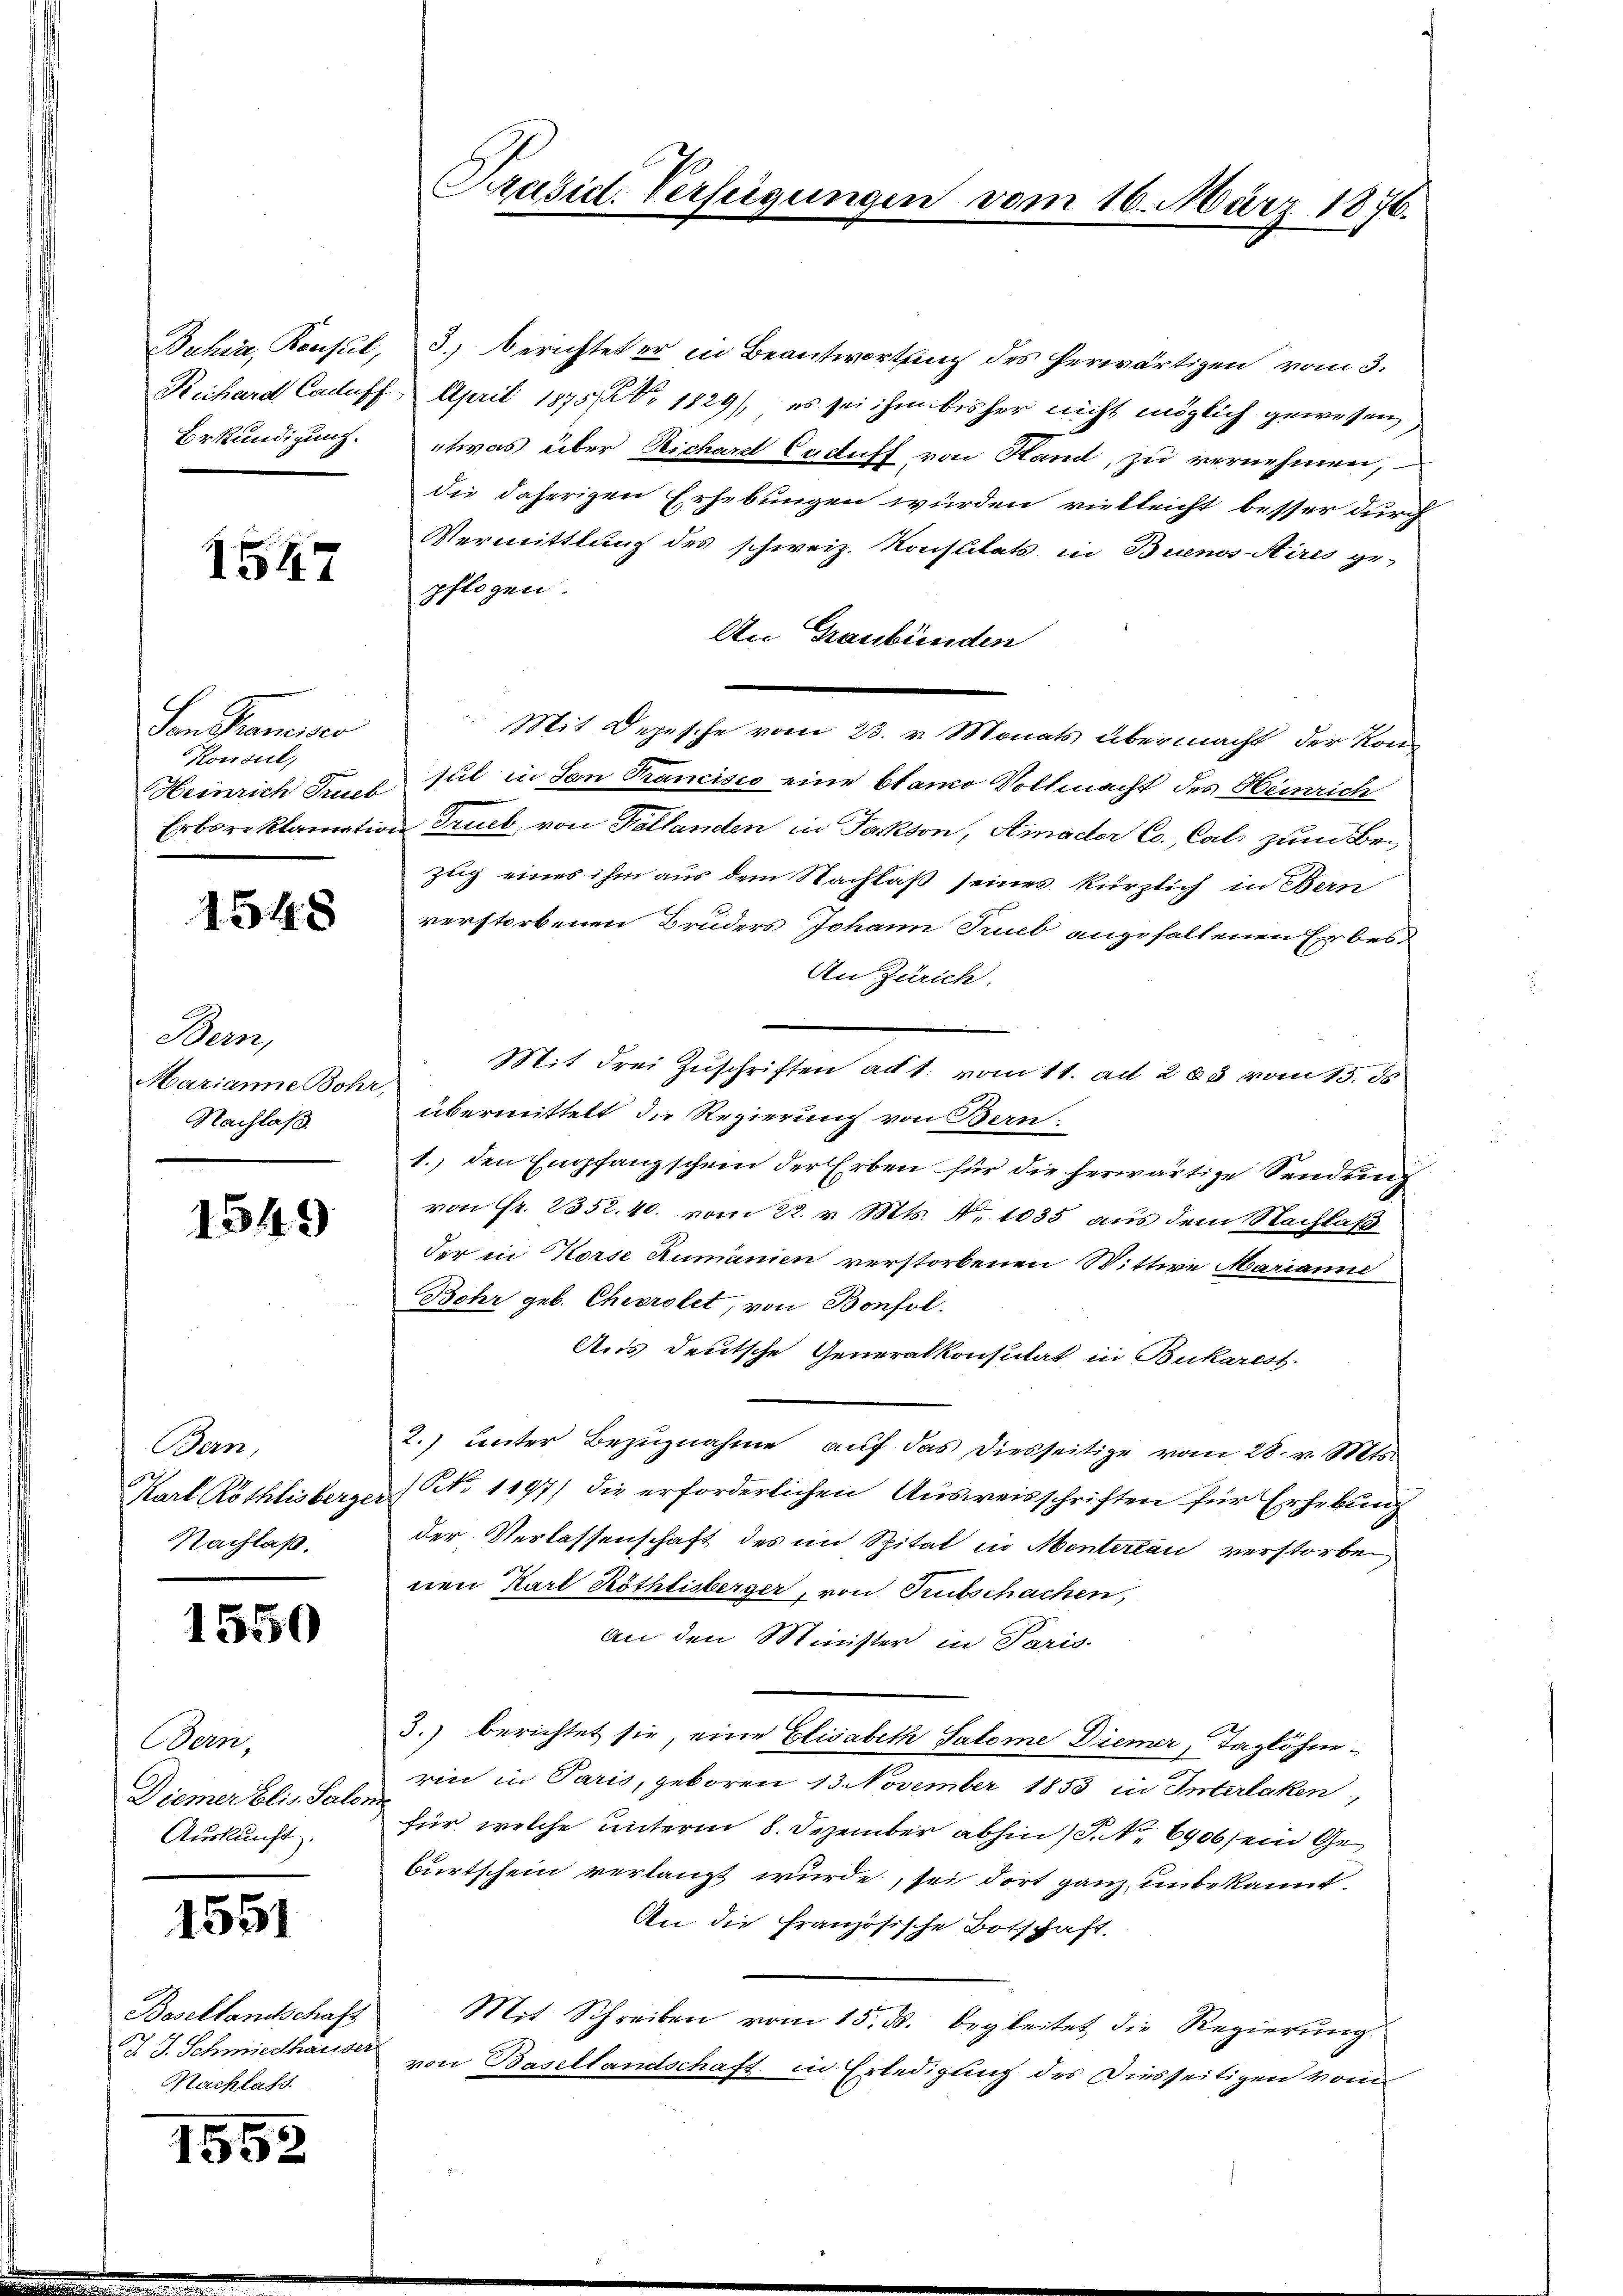
1547

Hrn. Francier
Konseil,

1548

Bern,
Marianne Bohr,
Nachlaß.

1549

Bern,
Nachlaß.

1550

Bern,
Diemer Elis. Salo
Auskunft.

1551

Basellandschaft
G. J. Schmiedhauser
Nachlass

1552

Buhia, Reust, 3. berichtet er in Beantwortung des herwärtigen vom 3.
Rechard Cadus April 1875, 1829), es sei ihm bisher nicht möglich gewesen,
Bekundigung. etwas über Richardt Caduff von Hand, zu vernehmen,
die daherigen Erhebungen würden vielleicht besser durch
Vermittlung des schweiz. Konsulats in Buenos-Sires ge-
pflogen.
An Graubünden
Mit Depesche vom 23. v. Monats übermacht der Kon¬
Heinrich Innt sul in San Francisco eine blanco Vollmacht des Heinrich
Erboreklamation Trieb, von Fellanden in Packson, Amader Co. Cal, zum Bezug eines ihm aus dem Nachlaß seines kürzlich in Bern
verstorbenen Bruders Johann Trieb angefallenen Erbes¬
An Zürich.
Mit drei Zuschriften ad 1. vom 11. ad 288 vom 15. ds
übermittelt die Regierung von Bern.
1. den Empfangschein der Erben für die herwärtige Sendung
von Fr. 252. 40. vom 22. v. Mts. Nr. 1035 aus dem Nachlaß
der in Korse Rumanien verstorbenen Wittwe Marianne
Bohr geb. Cheerolet, von Bonfol
Aus deutsche Generalkonsulat in Bukarest.
2.) unter Bezugnahme auf das diesseitige vom 28. v. Mts.
Karl Röthlisberger (NNo. 1197) die erforderlichen Ausweisschriften für Erhebung
der Verlassenschaft des im Spital in Montertan verstorben
nen Karl Röthlisberger, von Rutschachen,
an den Minister in Paris
3.) berichtet sie, eine Elisabeth Salome Diener, Taglöhnerin in Paris, geboren 13 November 1853 in Interlaken,
ch
für welche unterm 8. Dezember abhin (S. 6906) ein Ge¬
Bürtschein verlangt wurde, sei dort ganz unbekannt.
An die Französische Botschaft.
Mit Schreiben vom 15. ds. begleitet die Regierung
von Basellandschaft in Erledigung des Diesseitigen vom

Präsid. Verfeigungen

vom 16. März 1876.